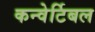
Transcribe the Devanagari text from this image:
कन्वेर्टिबल